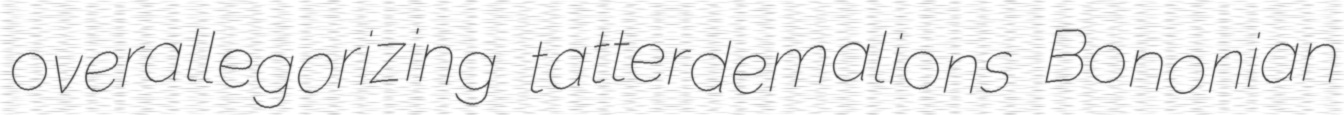
overallegorizing tatterdemalions Bononian